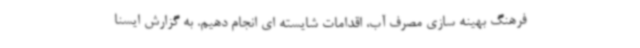
فرهنگ بهینه سازی مصرف آب، اقدامات شایسته ای انجام دهیم. به گزارش ایسنا